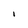
Character: 1